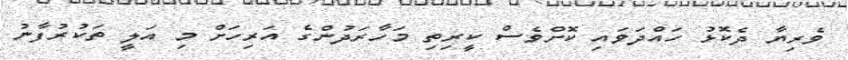
ވެރިޔާ ދެކޮޅު ހައްދަވައި ކޮށްވެސް ކީރިތި މަހާރަދުންގެ އަރިހަށް މި އަލީ ތަކުރުފާނު